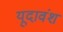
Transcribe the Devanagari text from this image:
यूदावंश